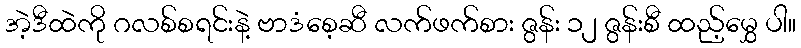
အဲ့ဒီထဲကို ဂလစ်စရင်းနဲ့ ဗာဒံစေ့ဆီ လက်ဖက်စား ဇွန်း ၁၂ ဇွန်းစီ ထည့်မွှေ ပါ။